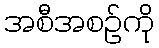
အစီအစဉ်ကို